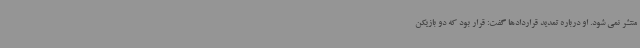
منتشر نمی شود. او درباره تمدید قراردادها گفت: قرار بود که دو بازیکن